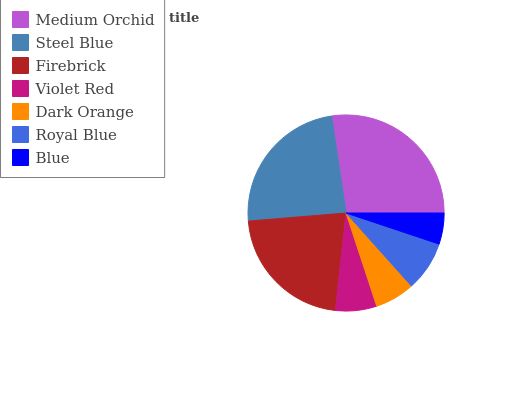
| Medium Orchid | Steel Blue | Firebrick | Violet Red | Dark Orange | Royal Blue | Blue |
 | --- | --- | --- | --- | --- | --- | --- |
 | 27.3% | 24% | 21.9% | 6.79% | 6.55% | 8.24% | 5.12% |